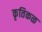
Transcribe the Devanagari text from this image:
कृतिकळ